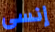
إنسى